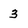
Character: 3